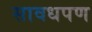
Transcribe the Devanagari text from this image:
सावधपण